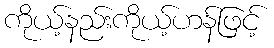
ကိုယ့်နည်းကိုယ့်ဟန်ဖြင့်